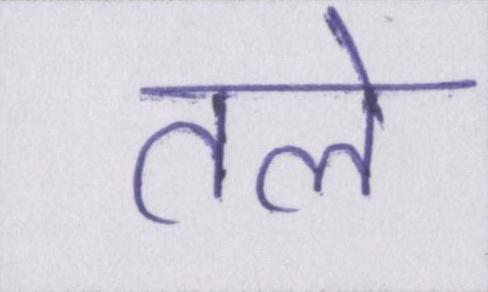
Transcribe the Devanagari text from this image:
तले